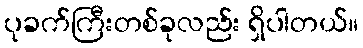
ပုခက်ကြီးတစ်ခုလည်း ရှိပါတယ်။